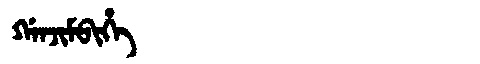
Manchu: ᡤᠠᠨᠵᡳᠮᠪᡳᡥᡝ
Romanization: GANJIMBIHE